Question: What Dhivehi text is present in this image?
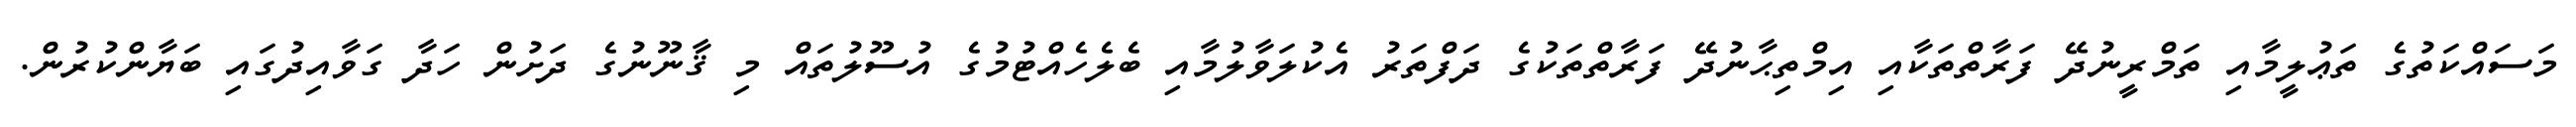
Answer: މަސައްކަތުގެ ތަޢުލީމާއި ތަމްރީނުދޭ ފަރާތްތަކާއި އިމްތިޙާނުދޭ ފަރާތްތަކުގެ ދަފްތަރު އެކުލަވާލުމާއި ބެލެހެއްޓުމުގެ އުސޫލުތައް މި ޤާނޫނުގެ ދަށުން ހަދާ ގަވާއިދުގައި ބަޔާންކުރުން.